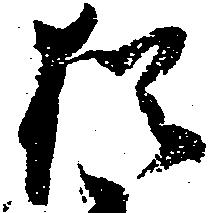
猶